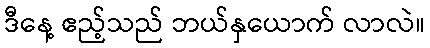
ဒီနေ့ ဧည့်သည် ဘယ်နှယောက် လာလဲ။